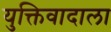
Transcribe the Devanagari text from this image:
युक्तिवादाला